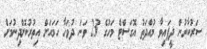
ސަރުކާރުން ދީފައިވާ މުއްދަތު އޮގަސްޓް މަހުގެ 23 ވަނަ ދުވަހާ ހަމައަށް އިތުރުކޮށްދިނުމަށް